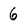
Character: 6